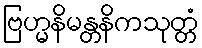
ဗြဟ္မနိမန္တနိကသုတ္တံ